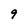
Character: 9